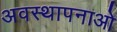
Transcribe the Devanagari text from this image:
अवस्थापनाओ